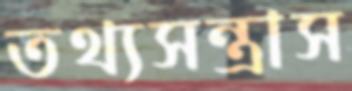
তথ্যসন্ত্রাস